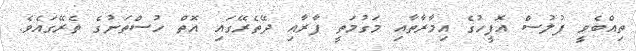
ތިއްބެވީ ފުލުސް އޮފީހުގެ އިމާރާތާއި މަގުމަތީ ފާރާއި ދޭތެރޭގައި އޮތް ހުސްތަނުގެ ތެރޭގައެވެ.